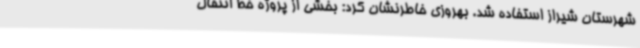
شهرستان شیراز استفاده شد. بهروزی خاطرنشان کرد: بخشی از پروژه خط انتقال